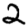
Digit: 2